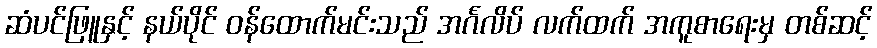
ဆံပင်ဖြူနှင့် နယ်ပိုင် ဝန်ထောက်မင်းသည် အင်္ဂလိပ် လက်ထက် အကူစာရေးမှ တစ်ဆင့်